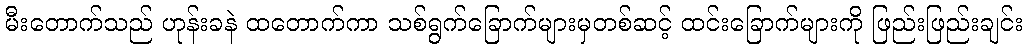
မီးတောက်သည် ဟုန်းခနဲ ထတောက်ကာ သစ်ရွက်ခြောက်များမှတစ်ဆင့် ထင်းခြောက်များကို ဖြည်းဖြည်းချင်း